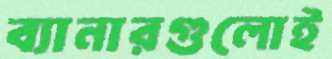
ব্যানারগুলোই